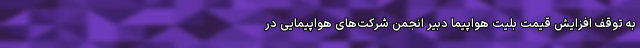
به توقف افزایش قیمت بلیت هواپیما دبیر انجمن شرکت‌های هواپیمایی در